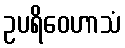
ဥပရိဝေဟာသံ